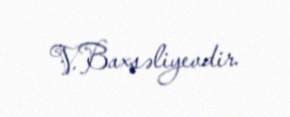
V.Baxşəliyevdir.